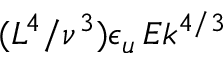
( L ^ { 4 } / \nu ^ { 3 } ) \epsilon _ { u } \, E k ^ { 4 / 3 }